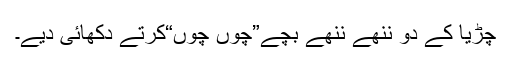
چڑیا کے دو ننھے ننھے بچے”چوں چوں“کرتے دکھائی دیے۔